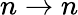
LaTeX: n\rightarrow n